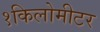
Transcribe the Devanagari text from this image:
१किलोमीटर